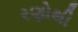
રણોથી